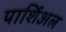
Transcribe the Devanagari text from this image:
पार्शिअल